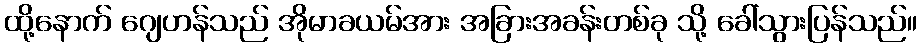
ထို့နောက် ဂျေဟန်သည် အိုမာခယမ်အား အခြားအခန်းတစ်ခု သို့ ခေါ်သွားပြန်သည်။